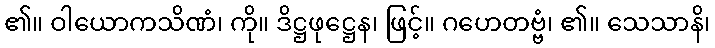
၏။ ဝါယောကသိဏံ၊ ကို။ ဒိဋ္ဌဖုဋ္ဌေန၊ ဖြင့်။ ဂဟေတဗ္ဗံ၊ ၏။ သေသာနိ၊